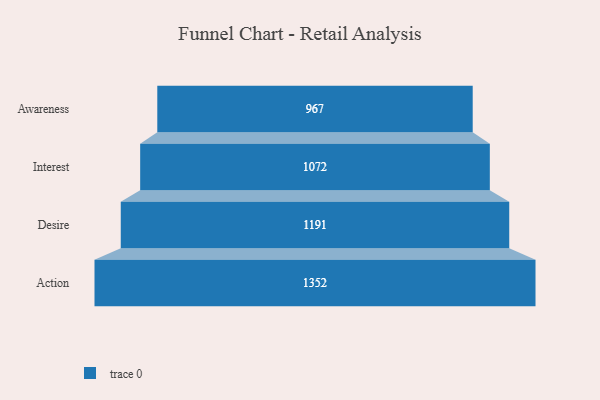
{"axis": {"x": "Stage", "y": "Value"}, "legend": [""], "data": [{"x": "Awareness", "y": 967.0, "type": ""}, {"x": "Interest", "y": 1072.0, "type": ""}, {"x": "Desire", "y": 1191.0, "type": ""}, {"x": "Action", "y": 1352.0, "type": ""}]}